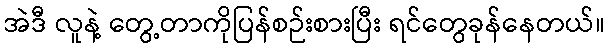
အဲဒီ လူနဲ့ တွေ့တာကိုပြန်စဉ်းစားပြီး ရင်တွေခုန်နေတယ်။